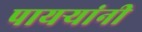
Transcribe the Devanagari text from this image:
पायर्‍यांनी